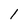
Character: 1